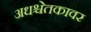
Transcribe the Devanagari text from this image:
अधश्चेतकावर